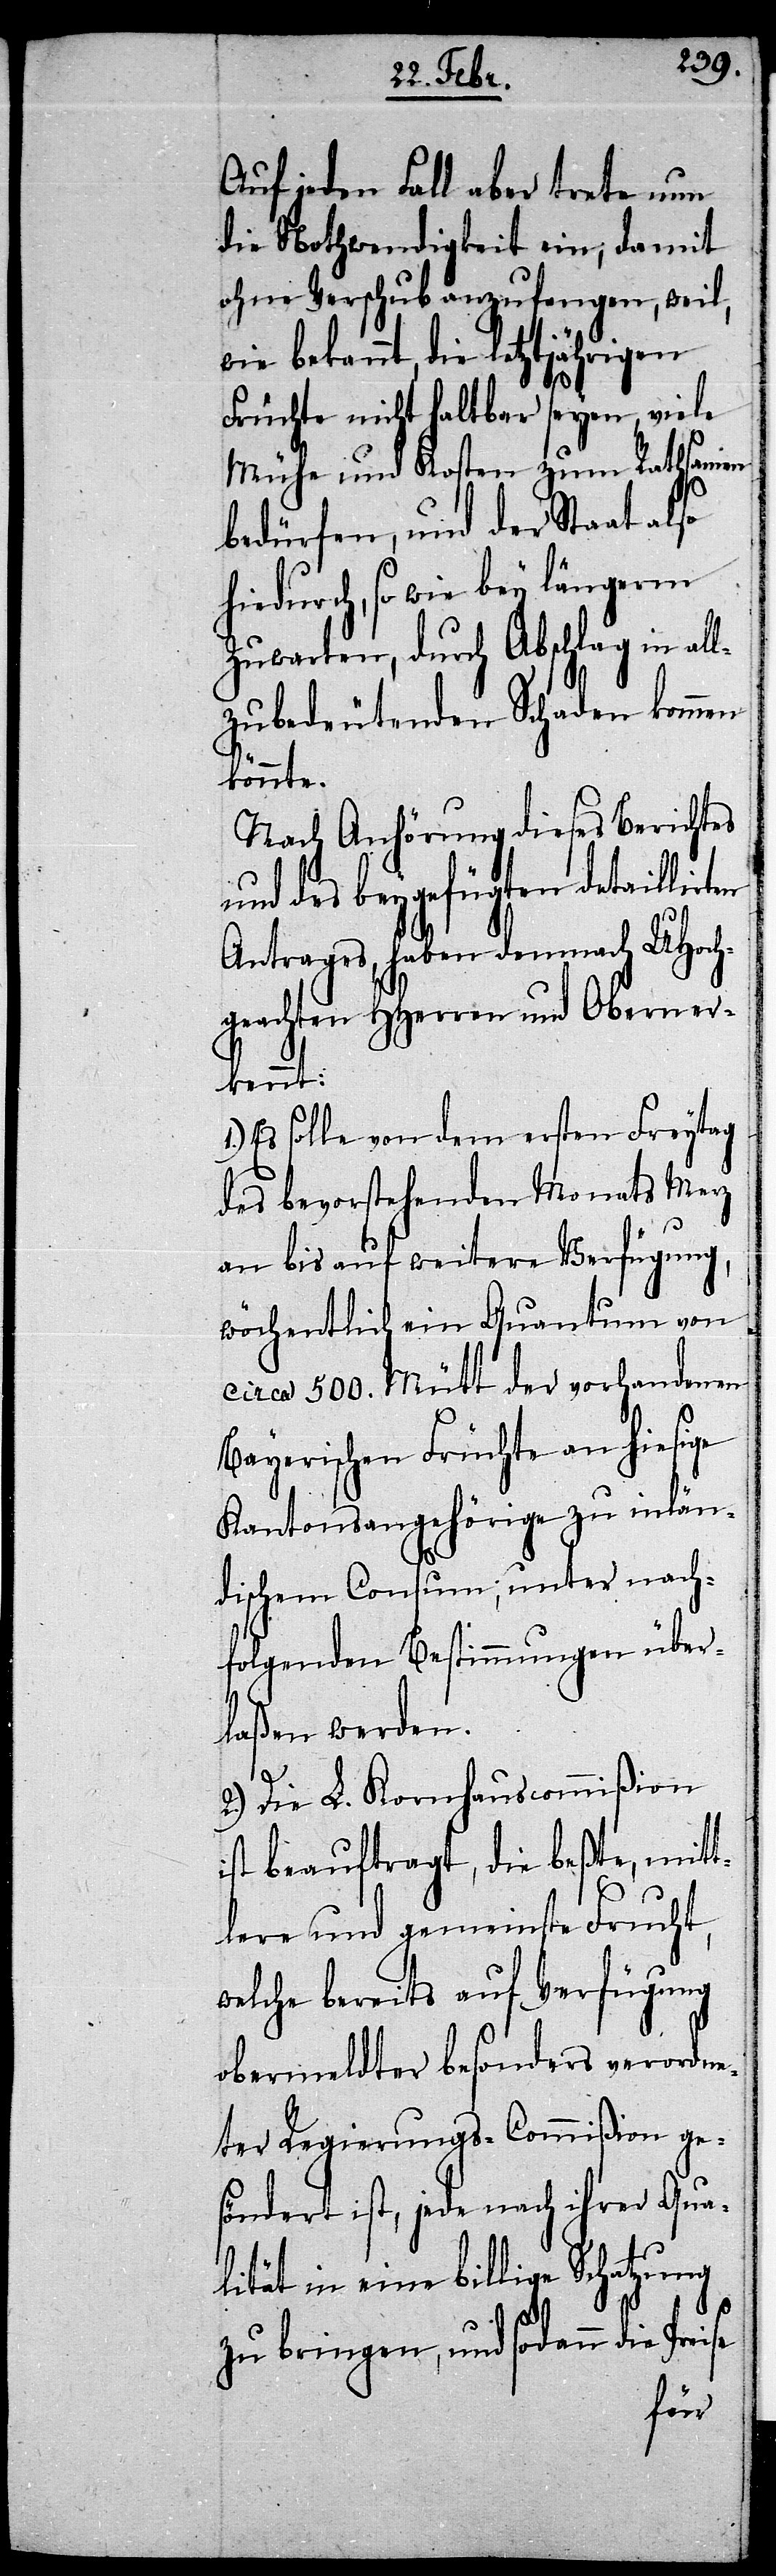
Auf jeden Fall aber trete nun
die Nothwendigkeit ein, damit
ohne Verschub anzufangen, weil,
bekannt, die letztjährigen
Früchte nicht haltbar seyen, viele
Mühe und Kosten zum Rathsamen
bedürfen, und der Staat also
hiedurch, so wie bey längerm
Zuwarten, durch Abschlag in al¬
lzubedeutenden Schaden kommen
könnte.
Nach Anhörung dieses Berichtes
und des beygefügten detaillirten
Antrages, haben demnach UHoch¬
geachten HHerren und Obern er¬
kennt:
Es solle von dem ersten Freytag
des bevorstehenden Monats Merz
an bis auf weitere Verfügung,
wöchentlich ein Quantum von
circa 500. Mütt der vorhandenen
Bayerischen Früchte an hiesige
Kantonsangehörige zu inlän¬
dischem Consum; unter nach¬
folgenden Bestimmungen über¬
laßen werden.
2.) Die L. Kornhauscommißion
ist beauftragt, die beßte, mitt¬
lere und gemeinste Frucht,
welche bereits auf Verfügung
obermeldter besonders verordne¬
ter Regierungs-Commißion ge¬
söndert ist, jede nach ihrer Qua¬
lität in eine billige Schatzung
zu bringen, und sodann die Prei¬
se